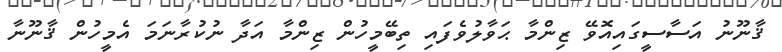
ޤާނޫނު އަސާސީގައިއޮވޭ ޒިންމާ ޙަވާލުވެފައި ތިބޭމީހުން ޒިންމާ އަދާ ނުކުރާނަމަ އެމީހުން ޤާނޫނާ